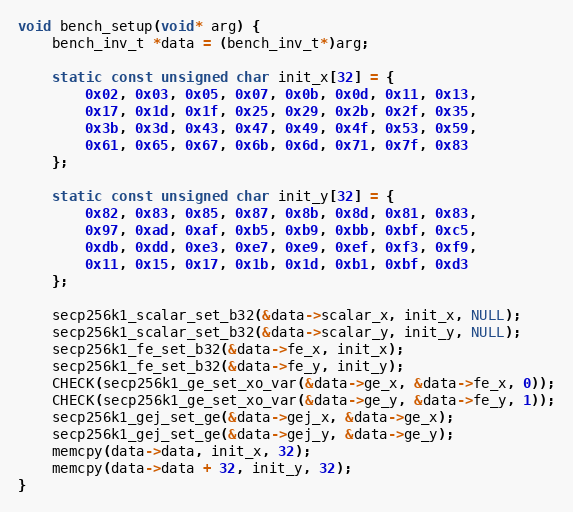
Language: C
void bench_setup(void* arg) {
    bench_inv_t *data = (bench_inv_t*)arg;

    static const unsigned char init_x[32] = {
        0x02, 0x03, 0x05, 0x07, 0x0b, 0x0d, 0x11, 0x13,
        0x17, 0x1d, 0x1f, 0x25, 0x29, 0x2b, 0x2f, 0x35,
        0x3b, 0x3d, 0x43, 0x47, 0x49, 0x4f, 0x53, 0x59,
        0x61, 0x65, 0x67, 0x6b, 0x6d, 0x71, 0x7f, 0x83
    };

    static const unsigned char init_y[32] = {
        0x82, 0x83, 0x85, 0x87, 0x8b, 0x8d, 0x81, 0x83,
        0x97, 0xad, 0xaf, 0xb5, 0xb9, 0xbb, 0xbf, 0xc5,
        0xdb, 0xdd, 0xe3, 0xe7, 0xe9, 0xef, 0xf3, 0xf9,
        0x11, 0x15, 0x17, 0x1b, 0x1d, 0xb1, 0xbf, 0xd3
    };

    secp256k1_scalar_set_b32(&data->scalar_x, init_x, NULL);
    secp256k1_scalar_set_b32(&data->scalar_y, init_y, NULL);
    secp256k1_fe_set_b32(&data->fe_x, init_x);
    secp256k1_fe_set_b32(&data->fe_y, init_y);
    CHECK(secp256k1_ge_set_xo_var(&data->ge_x, &data->fe_x, 0));
    CHECK(secp256k1_ge_set_xo_var(&data->ge_y, &data->fe_y, 1));
    secp256k1_gej_set_ge(&data->gej_x, &data->ge_x);
    secp256k1_gej_set_ge(&data->gej_y, &data->ge_y);
    memcpy(data->data, init_x, 32);
    memcpy(data->data + 32, init_y, 32);
}